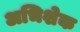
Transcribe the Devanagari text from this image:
अभिशेक